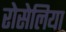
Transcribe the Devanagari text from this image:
रोसेलिया